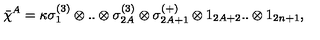
\bar { \chi } ^ { A } = \kappa \sigma _ { 1 } ^ { ( 3 ) } \otimes . . \otimes \sigma _ { 2 A } ^ { ( 3 ) } \otimes \sigma _ { 2 A + 1 } ^ { ( + ) } \otimes 1 _ { 2 A + 2 } . . \otimes 1 _ { 2 n + 1 } ,